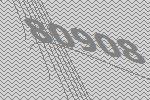
80908